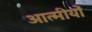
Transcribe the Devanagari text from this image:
आत्मीयों